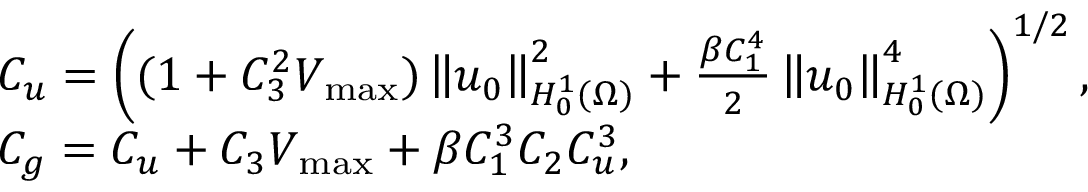
\begin{array} { r l } & { C _ { u } = \left( ( 1 + C _ { 3 } ^ { 2 } V _ { \operatorname* { m a x } } ) \left\Vert u _ { 0 } \right\Vert _ { H _ { 0 } ^ { 1 } ( \Omega ) } ^ { 2 } + \frac { \beta C _ { 1 } ^ { 4 } } { 2 } \left\Vert u _ { 0 } \right\Vert _ { H _ { 0 } ^ { 1 } ( \Omega ) } ^ { 4 } \right) ^ { 1 / 2 } , } \\ & { C _ { g } = C _ { u } + C _ { 3 } V _ { \operatorname* { m a x } } + \beta C _ { 1 } ^ { 3 } C _ { 2 } C _ { u } ^ { 3 } , } \end{array}